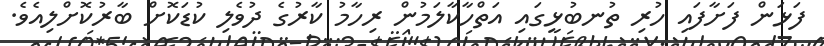
ފަޅަން ފަށާފައި ހުރި ތުނބުޅީގައި އަތްހާކާލަމުން ރިހާމު ކާރުގެ ދުވެލި ކުޑަކޮށް ބާރުކޮށްލިއެވެ.